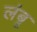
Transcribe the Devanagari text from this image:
लंबू